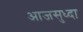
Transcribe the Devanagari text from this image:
आजसुध्दा